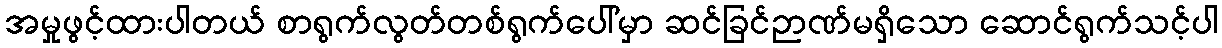
အမှုဖွင့်ထားပါတယ် စာရွက်လွတ်တစ်ရွက်ပေါ်မှာ ဆင်ခြင်ဉာဏ်မရှိသော ဆောင်ရွက်သင့်ပါ